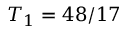
T _ { 1 } = 4 8 / 1 7